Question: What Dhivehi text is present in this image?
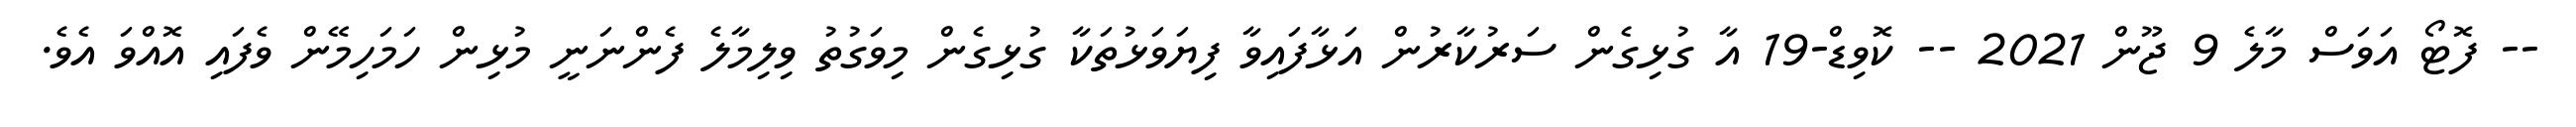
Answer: -- ފޮޓޯ އަވަސް މާލެ 9 ޖޫން 2021 -- ކޮވިޑް-19 އާ ގުޅިގެން ސަރުކާރުން އަޅާފައިވާ ފިޔަވަޅުތަކާ ގުޅިގެން މިވަގުތު ވިލިމާލެ ފެންނަނީ މުޅިން ހަމަހިމޭން ވެފައި އޮއްވަ އެވެ.